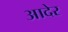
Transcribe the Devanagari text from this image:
आदेर